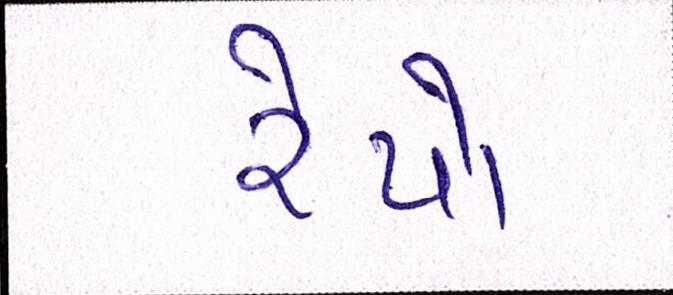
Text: રેપો